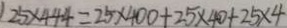
2 5 \times 4 4 4 = 2 5 \times 4 0 0 + 2 5 \times 4 0 + 2 5 \times 4